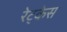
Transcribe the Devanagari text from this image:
रेट्केस